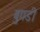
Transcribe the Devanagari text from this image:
बुगडी